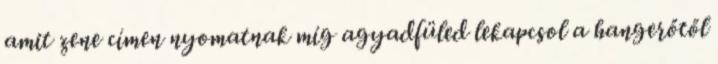
amit zene címen nyomatnak míg agyadfüled lekapcsol a hangerőtől